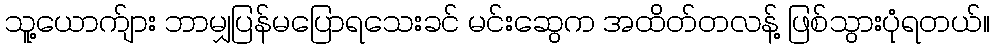
သူ့ယောက်ျား ဘာမျှပြန်မပြောရသေးခင် မင်းဆွေက အထိတ်တလန့် ဖြစ်သွားပုံရတယ်။